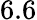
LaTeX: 6.6